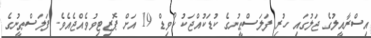
އިސްރާއީލުގެ ޖަލުގައި ހުރި ފަލަސްޠީނުގެ ކުޑަކުއްޖަކު ކޯވިޑް 19 އަށް ޕޮޒިޓިވުވެއްޖެއެވެ. ފަލަސްޠީނުގެ